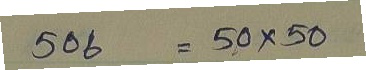
506 = 50 x 50